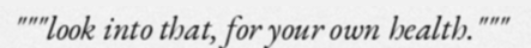
"""look into that, for your own health."""